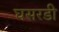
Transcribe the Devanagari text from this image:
घसरडी